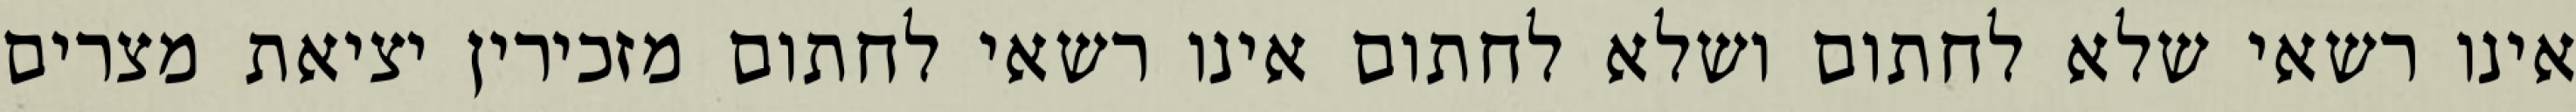
אינו רשאי שלא לחתום ושלא לחתום אינו רשאי לחתום מזכירין יציאת מצרים